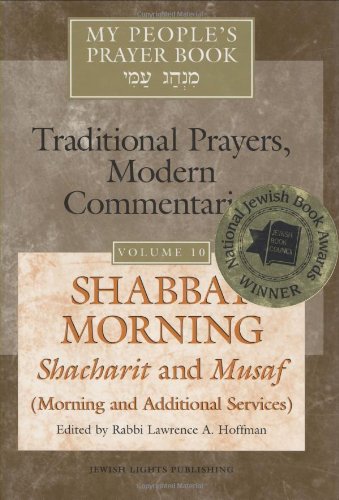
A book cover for Shabbat Morning: Shacharit and Musaf, Morning and Additional Services: My People's Prayer Book--Traditional Prayers, Modern Commentaries (My People's Prayer Book); Religion & Spirituality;